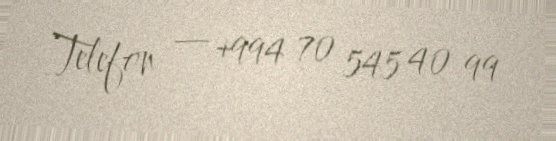
Telefon — +994 70 545 40 99